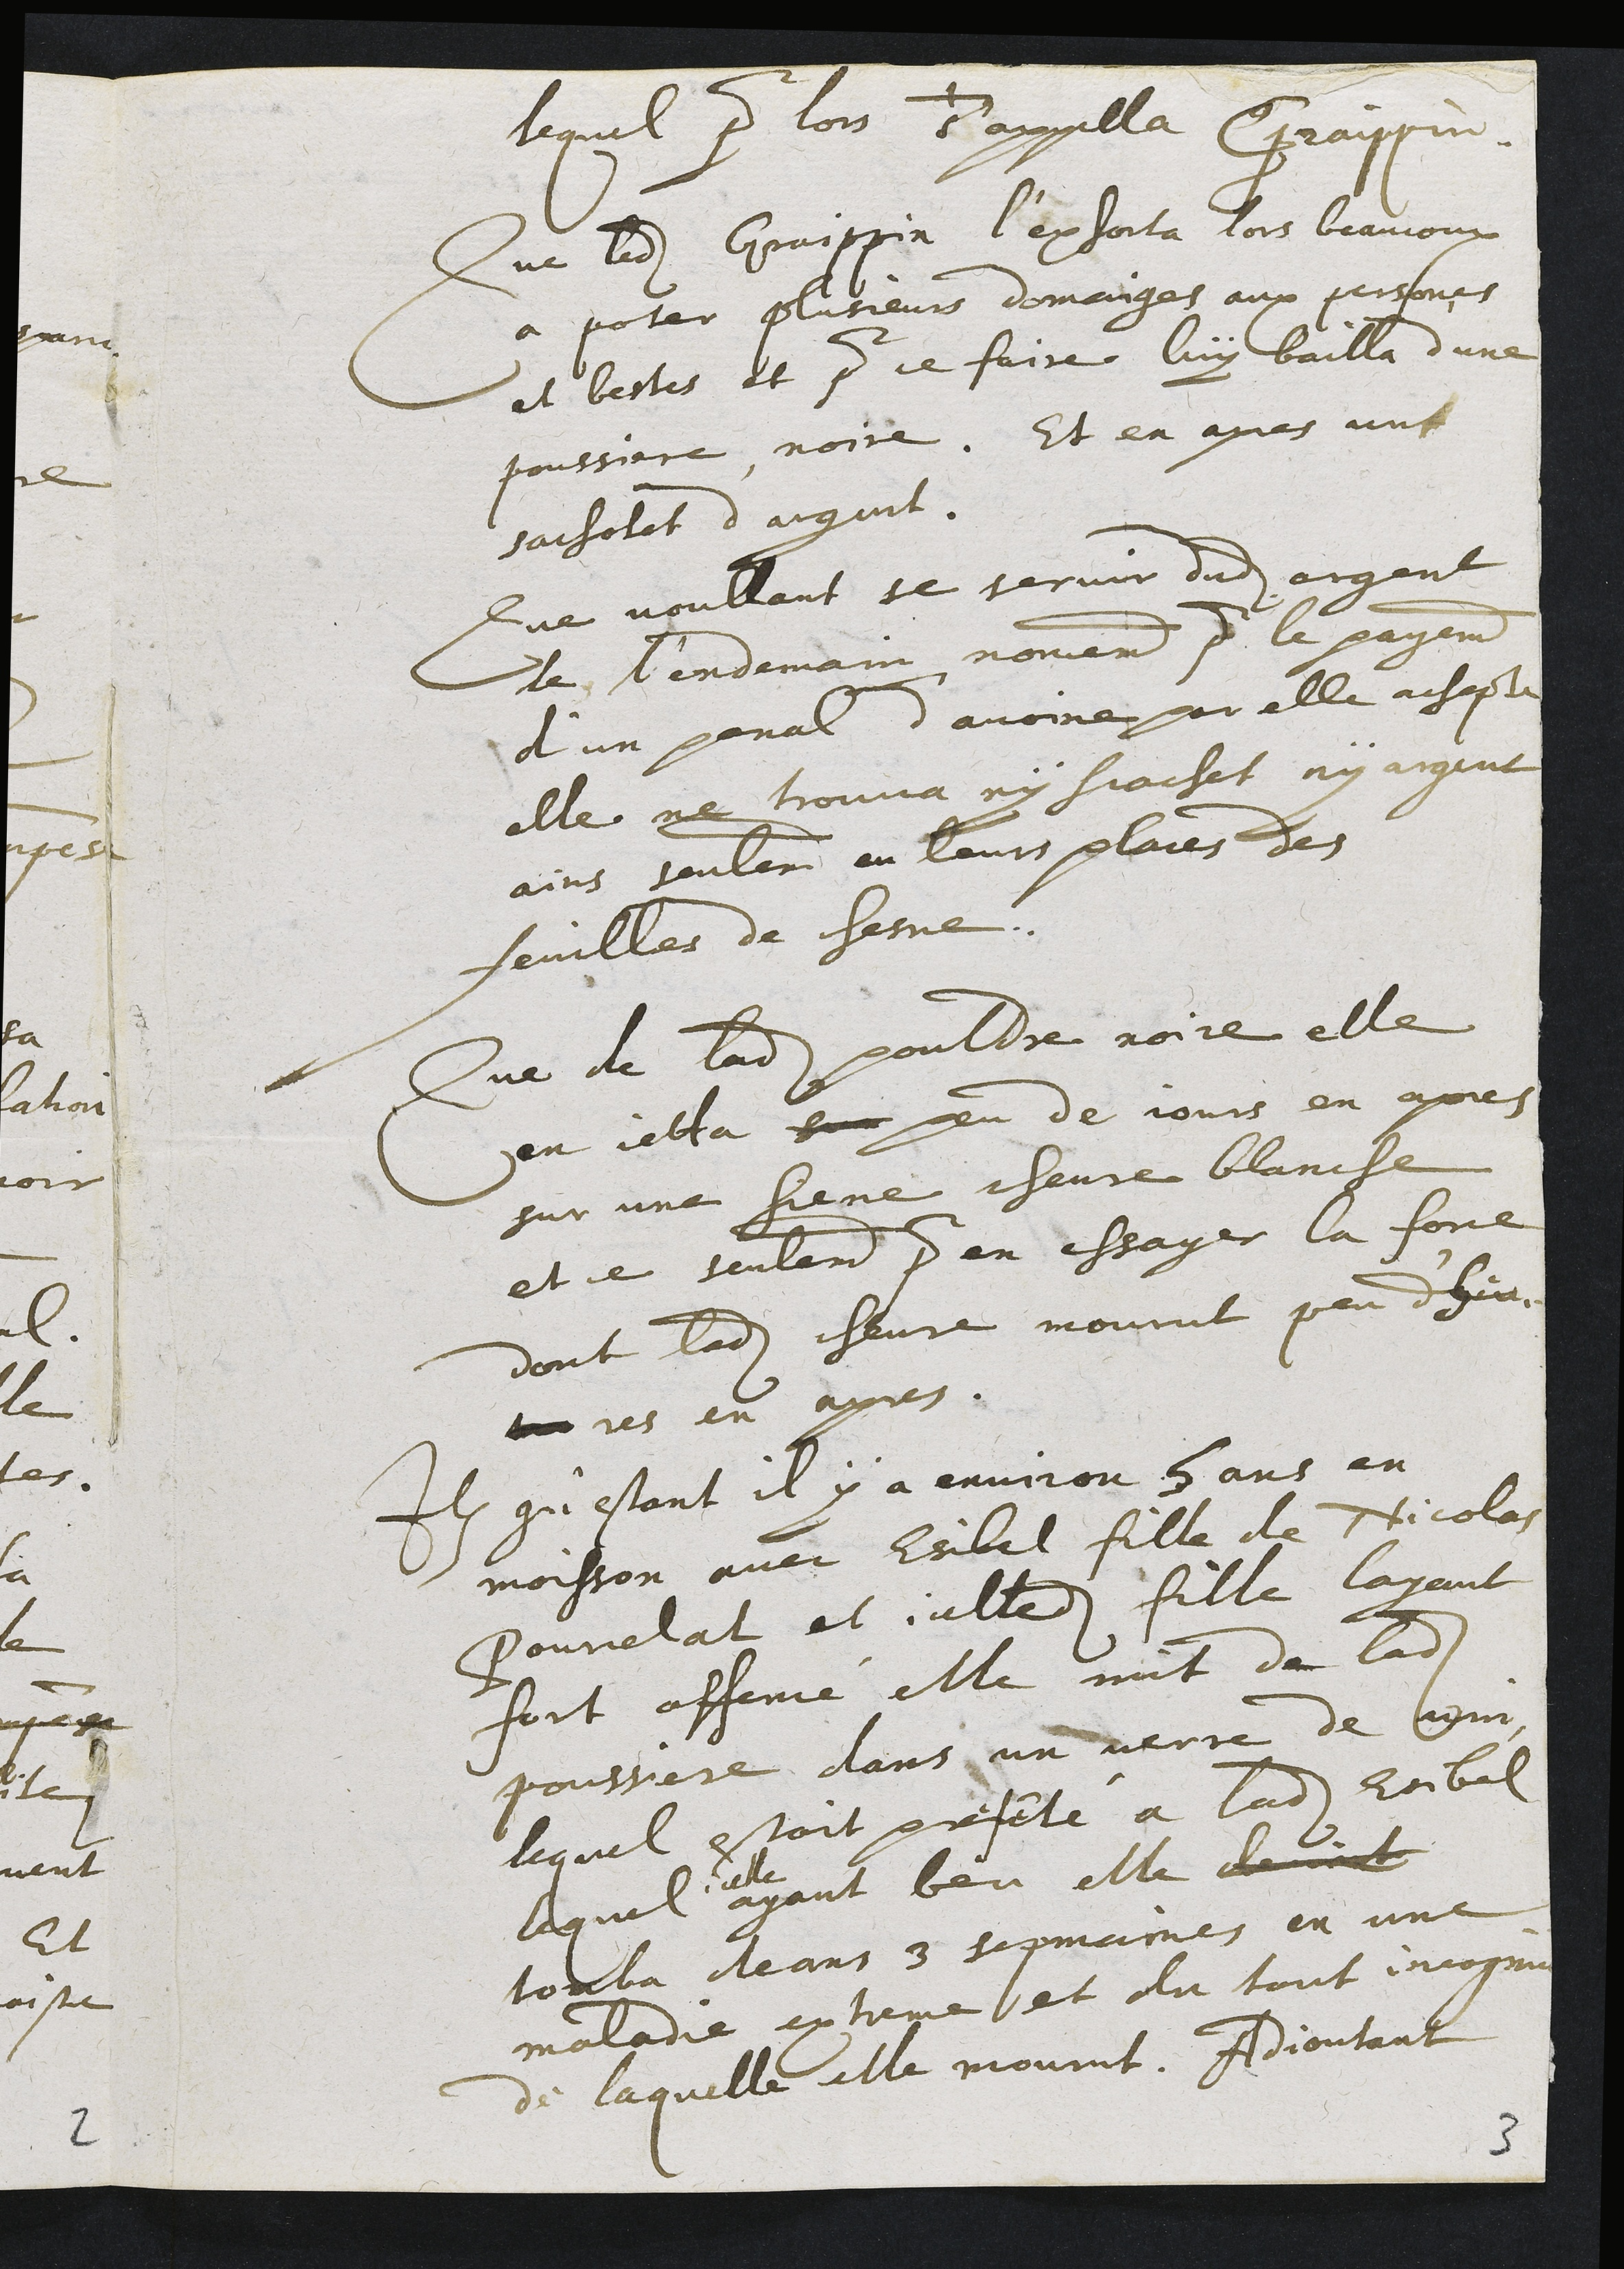
lequel pour lors d'appella Craippin.
Que ledit Graippin l’exforta lors beaucoux
a poter plusieurs domanges aux persones
et bestes et pour ce faire luy bailla d'une
poussiere noire. Et en apres unt
sacholat d'argant
Que voullant se servir dudit argent
de lendemain nomement pour le payement
d'un penal d'avoire par elle achepte
elle ne trouva ny siachet ny argant
ains seulement en leurs plaies des
feuilles de chesne.
Que de ladite poultre noire elle
en jetta sur peu de jours en apres
sur une tiene chevre blancle
et ce seulement pour en essager la fore
dont ladite chevre mourut peu d'heu-
res en apres.
Item qu’estant il y a environ 5 ans en
moisson avec Esibel fille de Nicolas
Pourcelat et icelledite fille layant
fort affené elle mit de ladite
poussere dans un verre de legme
lequel estoit prefeté a ladite Esibel
lquel
elle
ayant beu elle devait
tomba deans 3 sepmaines en une
maladie extreme et du tout incognu
de laquelle elle mourut. Adjoutant